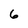
Character: 6